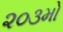
૨૦૩મો